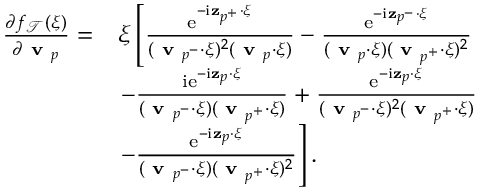
\begin{array} { r l } { \frac { \partial f _ { \mathcal { T } } ( \boldsymbol { \xi } ) } { \partial \textbf { v } _ { p } } = } & { \boldsymbol { \xi } \left[ \frac { \mathrm { e } ^ { - \mathrm { i } \mathbf { z } _ { p ^ { + } } \cdot \boldsymbol { \xi } } } { ( \textbf { v } _ { p ^ { - } } \cdot \boldsymbol { \xi } ) ^ { 2 } ( \textbf { v } _ { p } \cdot \boldsymbol { \xi } ) } - \frac { \mathrm { e } ^ { - \mathrm { i } \mathbf { z } _ { p ^ { - } } \cdot \boldsymbol { \xi } } } { ( \textbf { v } _ { p } \cdot \boldsymbol { \xi } ) ( \textbf { v } _ { p ^ { + } } \cdot \boldsymbol { \xi } ) ^ { 2 } } \right. } \\ & { \left. - \frac { \mathrm { i } \mathrm { e } ^ { - \mathrm { i } \mathbf { z } _ { p } \cdot \boldsymbol { \xi } } } { ( \textbf { v } _ { p ^ { - } } \cdot \boldsymbol { \xi } ) ( \textbf { v } _ { p ^ { + } } \cdot \boldsymbol { \xi } ) } + \frac { \mathrm { e } ^ { - \mathrm { i } \mathbf { z } _ { p } \cdot \boldsymbol { \xi } } } { ( \textbf { v } _ { p ^ { - } } \cdot \boldsymbol { \xi } ) ^ { 2 } ( \textbf { v } _ { p ^ { + } } \cdot \boldsymbol { \xi } ) } \right. } \\ & { \left. - \frac { \mathrm { e } ^ { - \mathrm { i } \mathbf { z } _ { p } \cdot \boldsymbol { \xi } } } { ( \textbf { v } _ { p ^ { - } } \cdot \boldsymbol { \xi } ) ( \textbf { v } _ { p ^ { + } } \cdot \boldsymbol { \xi } ) ^ { 2 } } \right] . } \end{array}